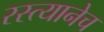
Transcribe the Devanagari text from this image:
रस्त्यानेच